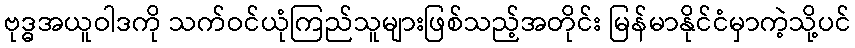
ဗုဒ္ဓအယူဝါဒကို သက်ဝင်ယုံကြည်သူများဖြစ်သည့်အတိုင်း မြန်မာနိုင်ငံမှာကဲ့သို့ပင်